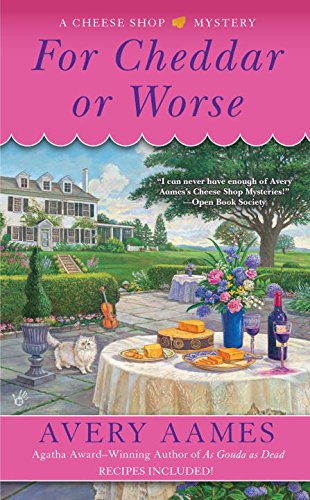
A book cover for For Cheddar or Worse: A Cheese Shop Mystery; Avery Aames; Mystery, Thriller & Suspense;